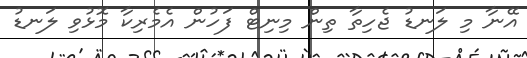
އޭނާ މި ލަނޑު ޖެހިތާ ތިން މިނިޓް ފަހުން އެމެރިކާ މޮޅުވި ލަނޑު